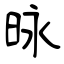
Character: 昹